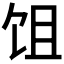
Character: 𬲭